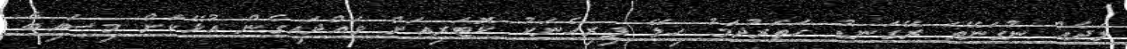
ލަދެއް ނުގަނޭތަ ރޭގަނޑު ހަތަރުދަމު ހިލޭ ފިރިހެނަކު ކޮޓަރިއަށް ވައްދައިގެން އުޅޭކަށް މިސައިބާ